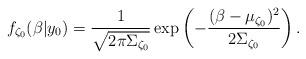
LaTeX: \begin{align*}f_{\zeta_0}(\beta|y_0)=\frac{1}{\sqrt{2\pi \Sigma_{\zeta_0}}} \exp \left( - \frac{(\beta-\mu_{\zeta_0})^2}{2\Sigma_{\zeta_0}}\right).\end{align*}